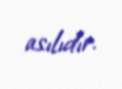
asılıdır.